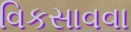
વિકસાવવા